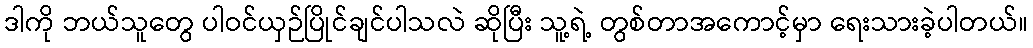
ဒါကို ဘယ်သူတွေ ပါဝင်ယှဉ်ပြိုင်ချင်ပါသလဲ ဆိုပြီး သူ့ရဲ့ တွစ်တာအကောင့်မှာ ရေးသားခဲ့ပါတယ်။